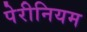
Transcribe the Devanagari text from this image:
पेरीनियम